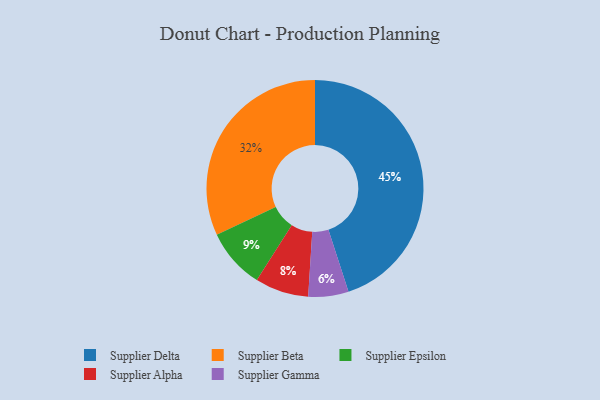
{"axis": {"x": "Category", "y": "Percentage"}, "legend": ["Supplier Alpha", "Supplier Beta", "Supplier Delta", "Supplier Epsilon", "Supplier Gamma"], "data": [{"x": "Supplier Delta", "y": 45, "type": "Supplier Delta"}, {"x": "Supplier Beta", "y": 32, "type": "Supplier Beta"}, {"x": "Supplier Epsilon", "y": 9, "type": "Supplier Epsilon"}, {"x": "Supplier Gamma", "y": 6, "type": "Supplier Gamma"}, {"x": "Supplier Alpha", "y": 8, "type": "Supplier Alpha"}]}